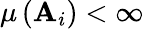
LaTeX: \mu\left(\mathbf{A}_{i}\right)<\infty